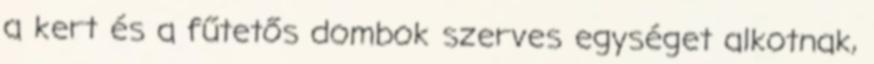
a kert és a fűtetős dombok szerves egységet alkotnak,